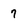
Character: 7